Annual report on the working of the lock hospitals in the Central Provinces
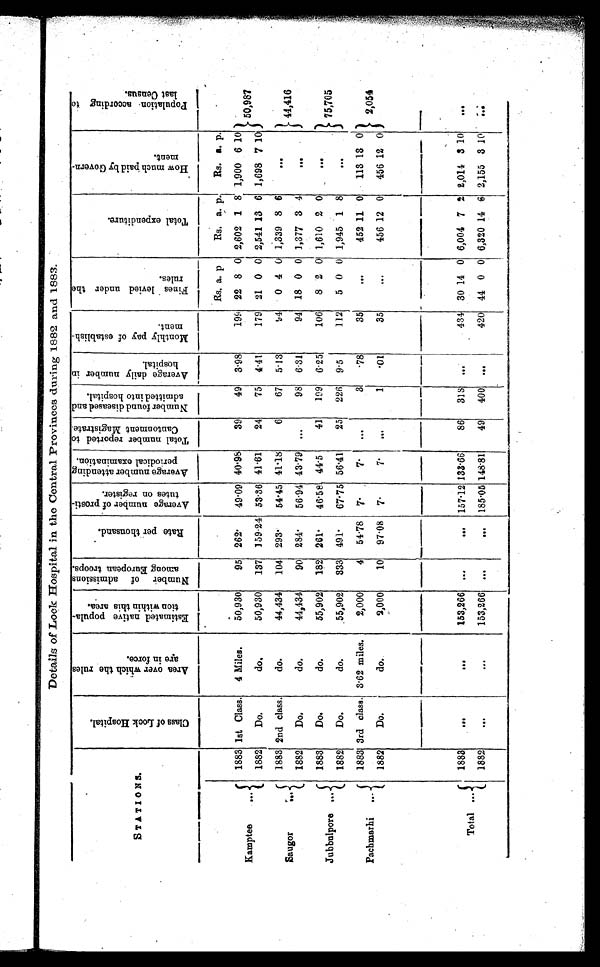
Details of Lock Hospital in the Central Provinces during 1882 and 1883.
STATIONS.
C l a s s o f L o c k H o s p i t a l .
A r e a o v e r w h i c h t h e r u l e s a r e i n f o r c e
E s t i m a t e d n a t i v e p o p u l a t i o n w i t h i n t h i s a r e a .
N u m b e r o f a d m i s s i o n s a m o n g E u r o p e a n t r o o p s .
R a t e p e r t h o u s a n d .
A v e r a g e n u m b e r o f p r o s t i - t u t e s o n r e g i s t e r .
A v e r a g e n u m b e r a t t e n d i n g p e r i o d i c a l e x a m i n a t i o n .
T o t a l n u m b e r o f r e p o r t e d t o C a n t o n m e n t M a g i s t r a t e .
N u m b e r f o u n d d i s e a s e d a n d a d m i t t e d i n t o h o s p i t a l .
A v e r a g e d a i l y n u m b e r i n h o s p i t a l .
M o n t h l y p a y o f e s t a b l i s h - m e n t .
F i n e s l e v i e d u n d e r t h e r u l e s .
T o t a l e x p e n d i t u r e .
H o w m u c h p a i d b y G o v e r n - m e n t .
P o p u l a t i o n a c c o r d i n g t o l a s t C e n s u s .
Kamptee
...
Rs. a p
Rs. a. p.
Rs. a. p.
50,987
1883 1st Class.
4 Miles.
50,930
95
262.
49.09 40.98
39
49
3.98
199 22 8 0 2,602 1 8 1,900 6 10
1882
Do.
do.
50,930
137 159.24 53.36 41.61
24
75
4.41
179
21 0 0 2,541 13 6 1,698 7 10
S a u g o r
. . .
1883 2nd class.
do.
44,434
104
293.
54.45 41.18
6
67
5.13
94
0 4 0 1,339 8 6
...
. . .
. . .
44,416
1882
Do.
do.
44,434
90
284.
56.94 43.79
...
98
6.31
94
18 0 0 1,377 3 4
...
. . . . . .
Jubbulpore
...
1883
Do.
do.
55,902
182
261.
46.58
41.5
41
199
6.25
106
8 2 0 1,610 2 0
. . .
...
. . .
75,705
1882
Do.
do.
55,902
333
491.
67.75 56.41
25
226
9.5
112
5 0 0 1,945 1 8
...
... ...
Pachmarhi
...
1883 3rd class. 3.62 miles.
2,000
4
54.78
7.
7.
...
3
.78
35
...
452 11 0
113 13 0
2,054
1882
Do.
do.
2,000
10
97.08
7.
7.
...
1
.01
35
. . .
••••
. . .
456 12 0
456 12 0
Total . . .
1883
...
. . .
153,266
. . .
. . .
157.12 133.66
86
318
...
434
30 14 0 6,004 7 2 2,014 3 10
...
1882
...
. . .
153,266
. . .
...
185.05 148.81
49
400
...
420
44 0 0 6,320 14 6 2,155 3 10
. . .